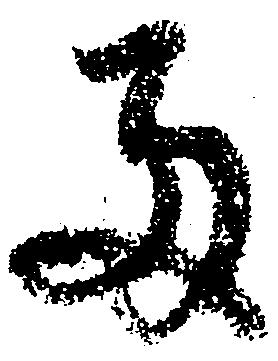
両